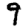
Digit: 9